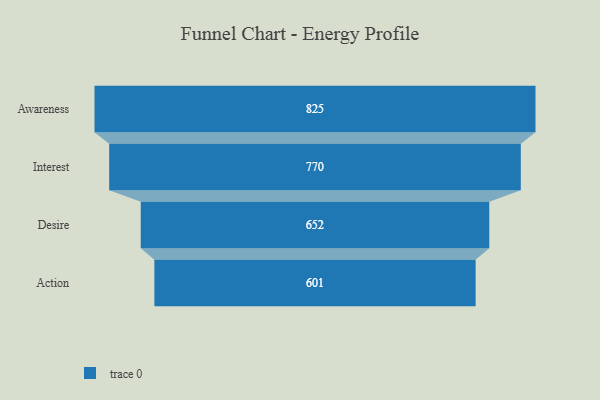
{"axis": {"x": "Stage", "y": "Value"}, "legend": [""], "data": [{"x": "Awareness", "y": 825.0, "type": ""}, {"x": "Interest", "y": 770.0, "type": ""}, {"x": "Desire", "y": 652.0, "type": ""}, {"x": "Action", "y": 601.0, "type": ""}]}